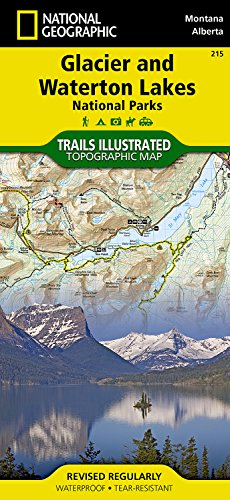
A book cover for Glacier and Waterton Lakes National Parks (National Geographic Trails Illustrated Map); National Geographic Maps - Trails Illustrated; Travel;